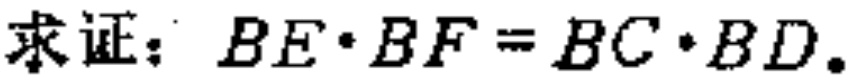
求证：\(BE\cdot BF = BC\cdot BD\)。